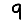
Digit: 9